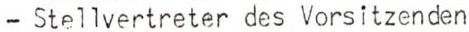
- Stellvertreter des Vorsitzenden